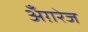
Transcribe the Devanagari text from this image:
अँग़रेज